Indian journal of veterinary science and animal husbandry - Volumes 26-27, 1956-1957
Year: 1956
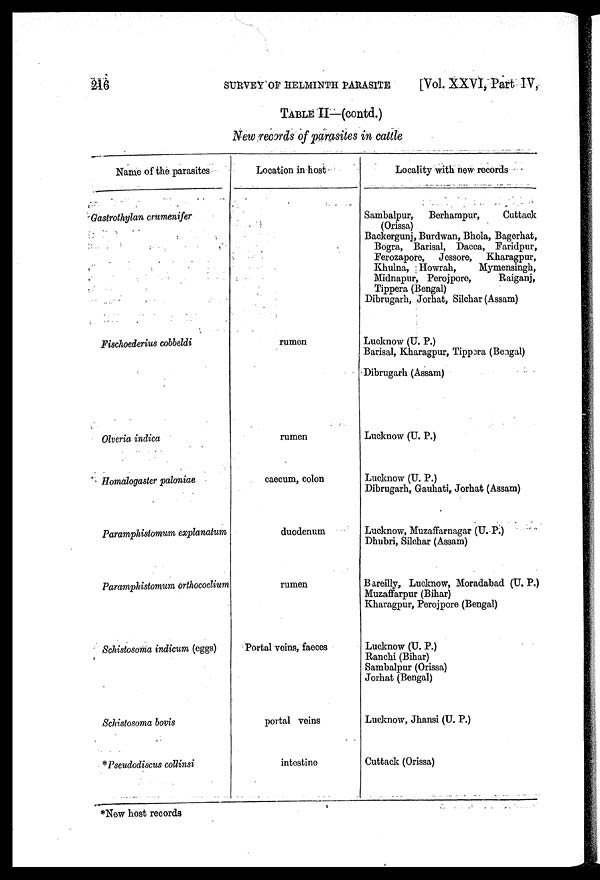
216
SURVEY
OF
HELMINTH
PARASITE
[Vol. XXVI, Part IV,
TABLE II—(contd.)
New records of parasites in cattle
Name of the parasites
Gastrothylan crumenifer
Fischoederius cobbeldi
Olveria indica
Homalogaster paloniae
Paramphistomum explanatum
Paramphistomum orthocoelium
Schistosoma indicum (eggs)
Schistosoma bovis
*Pseudodiscus collinsi
Location in host
rumen
rumen
caecum, colon
duodenum
rumen
Portal veins, faeces
portal veins
intestine
Locality with new records
Sambalpur,
Berhampur,
Cuttack
(Orissa)
Backergunj, Burdwan, Bhola, Bagerhat,
Bogra, Barisal, Dacca, Faridpur,
Ferozapore,
Jessore,
Kharagpur,
Khulna, Howrah,
Mymensingh,
Midnapur, Perojpore,
Raiganj,
Tippera (Bengal)
Dibrugarh, Jorhat, Silchar (Assam)
Lucknow (U. P.)
Barisal, Kharagpur, Tippara (Bengal)
Dibrugarh (Assam)
Lucknow (U. P.)
Lucknow (U. P.)
Dibrugarh, Gauhati, Jorhat (Assam)
Lucknow, Muzaffarnagar (U. P.)
Dhubri, Silchar (Assam)
Bareilly, Lucknow, Moradabad (U. P.)
Muzaffarpur (Bihar)
Kharagpur, Perojpore (Bengal)
Lucknow (U. P.)
Ranchi (Bihar)
Sambalpur (Orissa)
Jorhat (Bengal)
Lucknow, Jhansi (U. P.)
Cuttack (Orissa)
*New host records